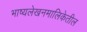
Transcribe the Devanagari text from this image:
भाष्यलेखनमालिकेतील